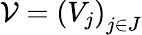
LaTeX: {\mathcal{V}}=\left(V_{j}\right)_{j\in J}